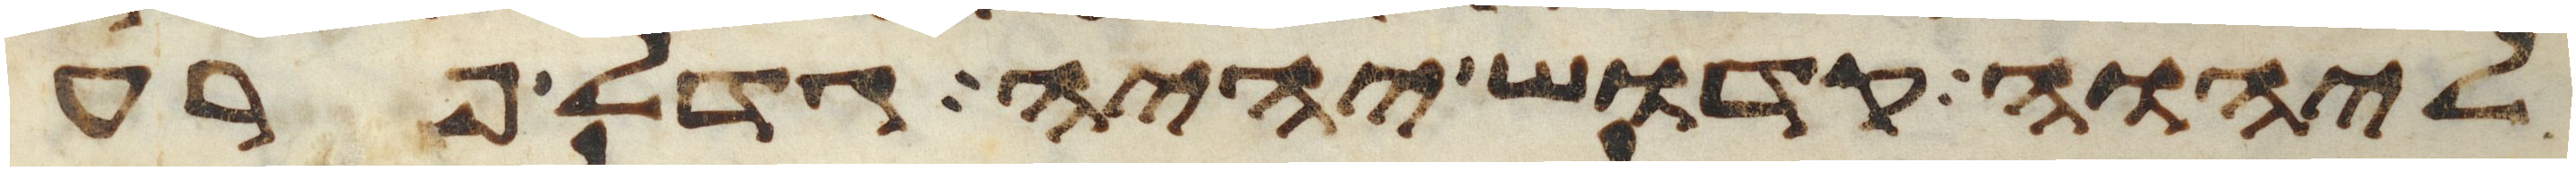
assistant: ליהוה קדוש יהיה גדל פרע